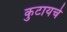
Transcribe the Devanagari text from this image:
कुटायचे